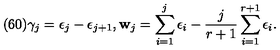
( 6 0 ) \gamma _ { j } = \epsilon _ { j } - \epsilon _ { j + 1 } , { \bf w } _ { j } = \sum _ { i = 1 } ^ { j } \epsilon _ { i } - \frac { j } { r + 1 } \sum _ { i = 1 } ^ { r + 1 } \epsilon _ { i } .